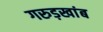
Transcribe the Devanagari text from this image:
गरुड़खांब